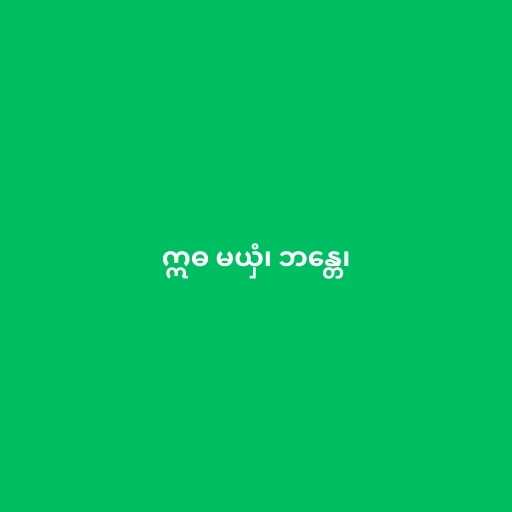
ဣဓ မယှံ၊ ဘန္တေ၊